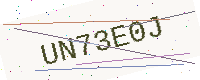
Text: UN73E0J